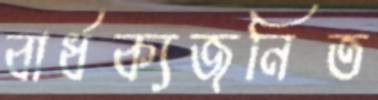
বার্ধক্যজনিত